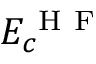
E _ { c } ^ { \mathrm { ~ H ~ F ~ } }